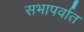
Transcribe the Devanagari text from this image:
सभापर्वात